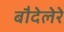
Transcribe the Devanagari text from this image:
बौदेलेरे